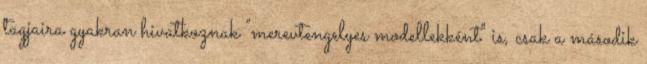
tagjaira gyakran hivatkoznak "merevtengelyes modellekként" is, csak a második